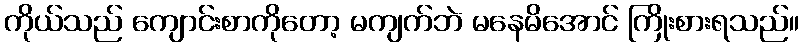
ကိုယ်သည် ကျောင်းစာကိုတော့ မကျက်ဘဲ မနေမိအောင် ကြိုးစားရသည်။